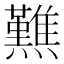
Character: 𤒿